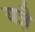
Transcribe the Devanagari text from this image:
यज्ञै